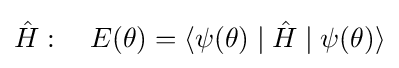
{\hat {H}}:\quad E(\theta )=\langle \psi (\theta )\mid {\hat {H}}\mid \psi (\theta )\rangle